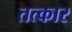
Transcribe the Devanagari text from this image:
तत्कार